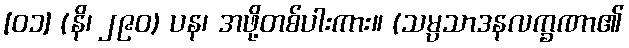
[၀၁] (နိ၊ ၂၉၀) ပန၊ အဖို့တစ်ပါးကား။ (သမ္ပသာဒနလက္ခဏာ၏